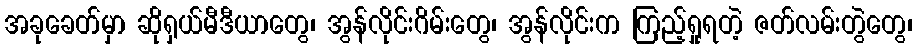
အခုခေတ်မှာ ဆိုရှယ်မီဒီယာတွေ၊ အွန်လိုင်းဂိမ်းတွေ၊ အွန်လိုင်းက ကြည့်ရှုရတဲ့ ဇတ်လမ်းတွဲတွေ၊